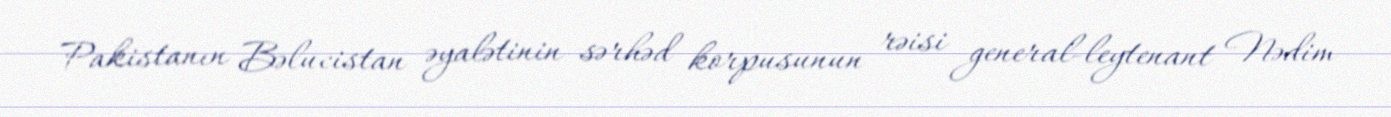
Pakistanın Bəlucistan əyalətinin sərhəd korpusunun rəisi general-leytenant Nədim